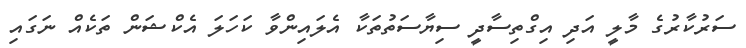
ސަރުކާރުގެ މާލީ އަދި އިގްތިސާދީ ސިޔާސަތުތަކާ އެލައިންވާ ކަހަލަ އެކްޝަން ތަކެއް ނަގައި